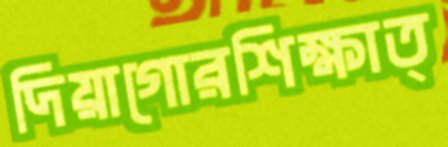
দিয়াগোরশিক্ষাত্